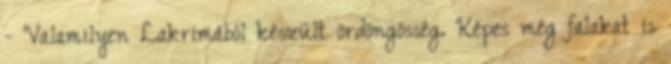
- Valamilyen Lakrimából készült ördöngösség. Képes még falakat is